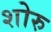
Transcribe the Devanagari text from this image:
शोरु